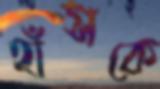
হাঁসকে